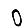
Digit: 0